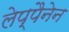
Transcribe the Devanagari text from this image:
लेप्पैनेन